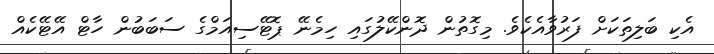
އެކި ބަލިތަކަށް ފަރުވާއެކެވެ. މިގޮތުން ދޮންކޭލުގައި ހިމެނޭ ޕޮޓޭސިއަމްގެ ސަބަބުން ހާޓް އޭޓޭކެއް